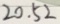
2 0 . 5 2